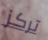
تركز